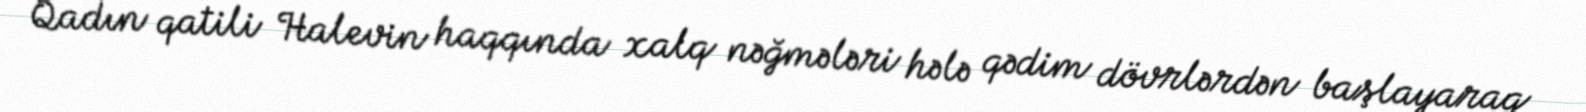
Qadın qatili Halevin haqqında xalq nəğmələri hələ qədim dövrlərdən başlayaraq